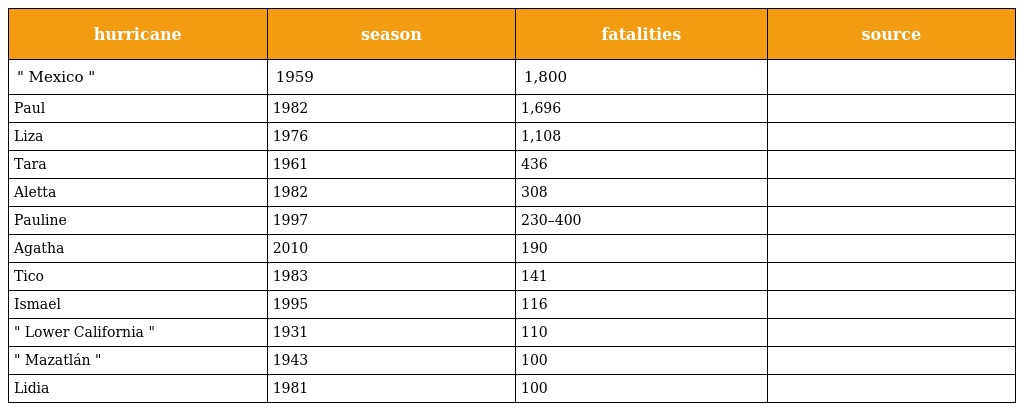
| hurricane | season | fatalities | source |
 | --- | --- | --- | --- |
 | " Mexico " | 1959 | 1,800 |  |
 | Paul | 1982 | 1,696 |  |
 | Liza | 1976 | 1,108 |  |
 | Tara | 1961 | 436 |  |
 | Aletta | 1982 | 308 |  |
 | Pauline | 1997 | 230–400 |  |
 | Agatha | 2010 | 190 |  |
 | Tico | 1983 | 141 |  |
 | Ismael | 1995 | 116 |  |
 | " Lower California " | 1931 | 110 |  |
 | " Mazatlán " | 1943 | 100 |  |
 | Lidia | 1981 | 100 |  |